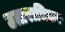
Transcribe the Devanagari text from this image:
उत्तराधिकर